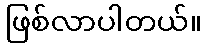
ဖြစ်လာပါတယ်။